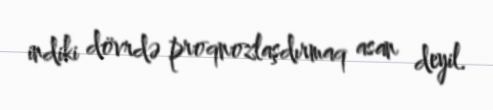
indiki dövrdə proqnozlaşdırmaq asan deyil.